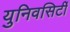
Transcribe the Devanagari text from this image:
युनिवसिर्टी